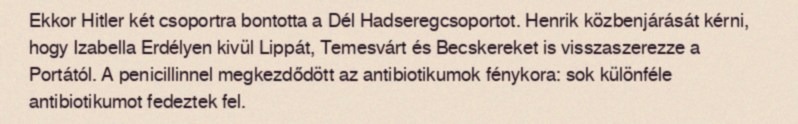
Ekkor Hitler két csoportra bontotta a Dél Hadseregcsoportot. Henrik közbenjárását kérni, hogy Izabella Erdélyen kivül Lippát, Temesvárt és Becskereket is visszaszerezze a Portától. A penicillinnel megkezdődött az antibiotikumok fénykora: sok különféle antibiotikumot fedeztek fel.